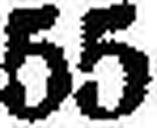
55